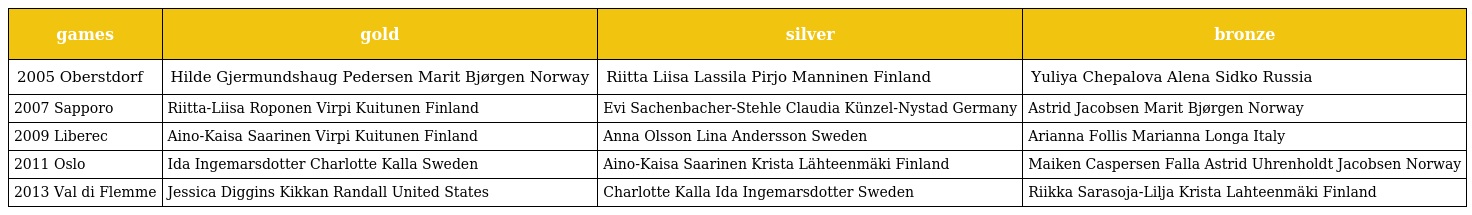
| games | gold | silver | bronze |
 | --- | --- | --- | --- |
 | 2005 Oberstdorf | Hilde Gjermundshaug Pedersen Marit Bjørgen Norway | Riitta Liisa Lassila Pirjo Manninen Finland | Yuliya Chepalova Alena Sidko Russia |
 | 2007 Sapporo | Riitta-Liisa Roponen Virpi Kuitunen Finland | Evi Sachenbacher-Stehle Claudia Künzel-Nystad Germany | Astrid Jacobsen Marit Bjørgen Norway |
 | 2009 Liberec | Aino-Kaisa Saarinen Virpi Kuitunen Finland | Anna Olsson Lina Andersson Sweden | Arianna Follis Marianna Longa Italy |
 | 2011 Oslo | Ida Ingemarsdotter Charlotte Kalla Sweden | Aino-Kaisa Saarinen Krista Lähteenmäki Finland | Maiken Caspersen Falla Astrid Uhrenholdt Jacobsen Norway |
 | 2013 Val di Flemme | Jessica Diggins Kikkan Randall United States | Charlotte Kalla Ida Ingemarsdotter Sweden | Riikka Sarasoja-Lilja Krista Lahteenmäki Finland |